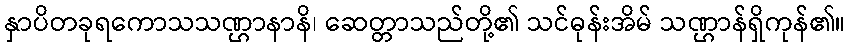
နှာပိတခုရကောသသဏ္ဌာနာနိ၊ ဆေတ္တာသည်တို့၏ သင်ဓုန်းအိမ် သဏ္ဌာန်ရှိကုန်၏။